Civil Veterinary Department. United Provinces 1912-22 - 1912-1922
Year: 1912
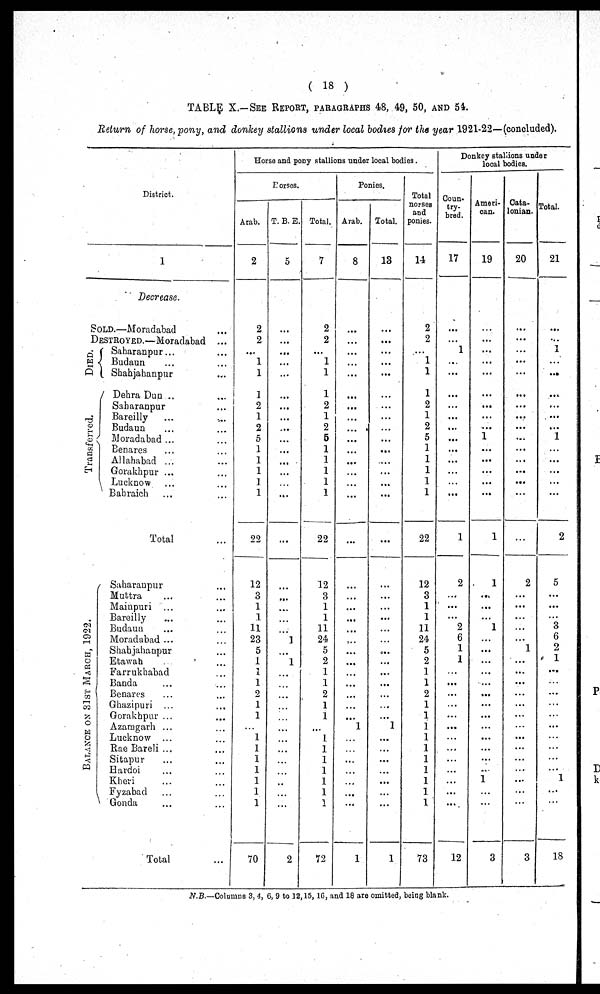
( 18 )
TABLE X.—SEE REPORT, PARAGRAPHS 48, 49, 50, AND 54.
Return of horse, pony, and donkey stallions under local bodies for the year 1921-22—(concluded).
District.
1
Decrease.
Sold.—Moradabad ...
Destroyed.—Moradabad ...
Died.
Tr ans f
er r
ed.
BALANCE ON 81ST MARCH, 1922.
Saharanpur ... ...
Budaun ... ...
Shahjahanpur ...
Dehra Dun .. ...
Saharanpur
Bareilly ... ...
Budaun
Moradabad ... ...
Benares ... ...
Allahabad ...
Gorakhpur ... ...
Lucknow ... ...
Bahraich ... ...
Total ...
Saharanpur ...
Muttra ... ...
Mainpuri ... ...
Bareilly ... ...
Budaun ... ...
Moradabad ...
Shahjahanpur ...
Etawah ...
Farrukhabad ...
Banda ... ...
Benares ... ...
Ghazipuri ... ...
Gorakhpur ... ...
Azamgarh ... ...
Lucknow ... ...
Rae Bareli ... ...
Sitapur ... ...
Hardoi ... ...
Kheri ... ...
Fyzabad ... ...
Gonda ... ...
Total ...
Horse and pony stallions under local bodies.
Horses.
Arab.
2
2
2
...
1
1
1
2
1
2
5
1
1
1
1
1
22
12
3
1
1
11
23
5
1
1
1
2
1
1
...
1
1
1
1
1
1
1
70
T. B. E.
5
...
...
...
...
...
...
...
...
...
...
...
...
...
...
...
...
...
...
...
...
...
1
...
1
...
...
...
...
...
...
...
...
...
...
...
...
...
2
Total.
7
2
2
...
1
1
1
2
1
2
5
1
1
1
1
1
22
12
3
1
1
11
24
5
2
1
1
2
1
1
...
1
1
1
1
1
1
1
72
Ponies.
Arab.
8
...
...
...
...
...
...
...
...
...
...
...
...
...
...
...
...
...
...
...
...
...
...
...
...
...
...
...
...
...
1
...
...
...
...
...
...
...
1
Total.
13
...
...
...
...
...
...
...
...
...
...
...
...
...
...
...
...
...
...
...
...
...
...
...
...
...
...
...
...
...
1
...
...
...
...
...
...
...
1
Total
norses
and
ponies.
14
2
2
...
1
1
1
2
1
2
5
1
1
1
1
1
22
12
3
1
1
11
24
5
2
1
1
2
1
1
1
1
1
1
1
1
1
1
73
Donkey stallions under
local bodies.
Coun-
try-
bred.
17
...
...
1
...
...
...
...
...
...
...
...
...
...
...
...
1
2
...
...
...
2
6
1
1
...
...
...
...
...
...
...
...
...
...
...
...
...
12
Ameri-
can.
19
...
...
...
...
...
...
...
...
...
1
...
...
...
...
...
1
1
...
...
...
1
...
...
...
...
...
...
...
...
...
...
...
...
...
1
...
...
3
Cata-
lonian.
20
...
...
...
...
...
...
...
...
...
...
...
...
...
...
...
...
2
...
...
...
...
...
1
...
...
...
...
...
...
...
...
...
...
...
...
...
...
3
Total.
21
...
...
1
...
...
...
...
...
...
1
...
...
...
...
...
2
5
...
...
...
3
6
2
1
...
...
...
...
...
...
...
...
...
...
1
...
...
18
N.B.—Columns 3, 4, 6, 9 to 12, 15, 16, and 18 are omitted, being blank.